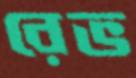
রেভ